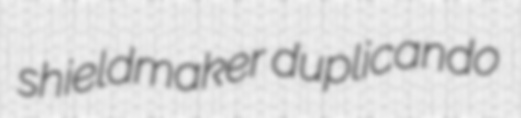
shieldmaker duplicando